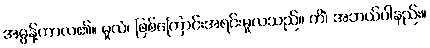
အဓွန့်ကာလ၏။ မူလံ၊ ဖြစ်ကြောင်းအရင်းမူလသည်။ ကိံ၊ အဘယ်ပါနည်း။